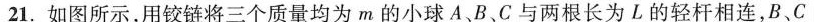
21.如图所示，用铰链将三个质量均为m的小球A、B、C与两根长为L的轻杆相连，B、C